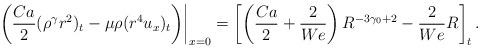
LaTeX: \begin{align*}\left.\left(\frac{Ca}{2}(\rho^\gamma r^2)_t-\mu\rho (r^4u_x)_t\right)\right|_{x=0}=\left[\left(\frac{Ca}{2}+\frac{2}{We}\right)R^{-3\gamma_0+2}-\frac{2}{We}R\right]_t.\end{align*}